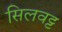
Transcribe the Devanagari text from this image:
सिलवट्ट